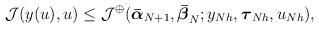
LaTeX: \begin{align*} \begin{aligned} \mathcal{J}(y(u),u) \leq \mathcal{J}^\oplus(\boldsymbol{\bar{\alpha}}_{N+1},\boldsymbol{\bar{\beta}}_{N}; y_{N h},\boldsymbol{\tau}_{N h},u_{N h}), \end{aligned} \end{align*}